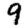
Digit: 9